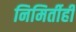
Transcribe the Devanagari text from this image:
निमिर्तीही